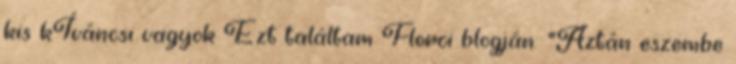
kis kÍváncsi vagyok Ezt találtam Florci blogján: "Aztán eszembe